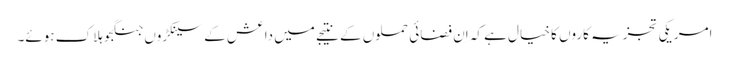
امریکی تجزیہ کاروں کا خیال ہے کہ اِن فضائی حملوں کے نتیجے میں داعش کے سینکڑوں جنگجو ہلاک ہوئے۔